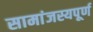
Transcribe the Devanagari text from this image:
सामांजस्यपूर्ण